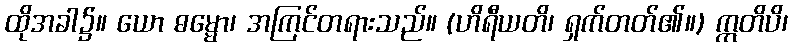
ထိုအခါ၌။ ယော ဓမ္မော၊ အကြင်တရားသည်။ (ဟိရီယတိ၊ ရှက်တတ်၏။) ဣတိပိ၊